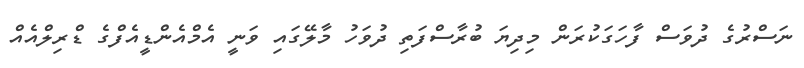
ނަސްރުގެ ދުވަސް ފާހަގަކުރަން މިދިޔަ ބުރާސްފަތި ދުވަހު މާލޭގައި ވަނީ އެމްއެންޑީއެފްގެ ޑްރިލްއެއް